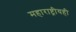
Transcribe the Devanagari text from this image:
महाराष्ट्रीयही